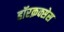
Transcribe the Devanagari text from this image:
हॉरक्रक्सेस